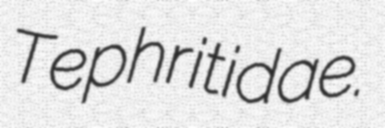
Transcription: Tephritidae.